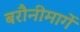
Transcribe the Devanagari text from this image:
बरौनीमार्गे